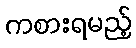
ကစားရမည့်